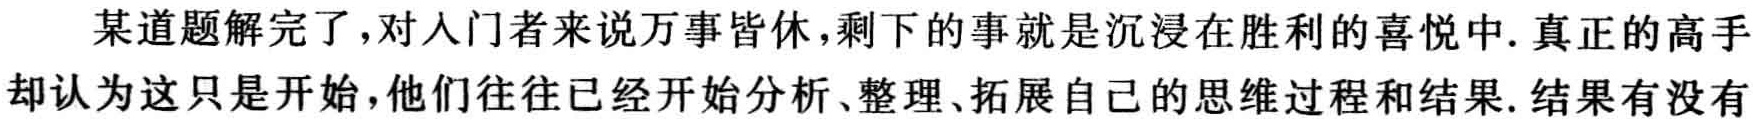
某道题解完了,对入门者来说万事皆休,剩下的事就是沉浸在胜利的喜悦中. 真正的高手却认为这只是开始,他们往往已经开始分析、整理、拓展自己的思维过程和结果. 结果有没有